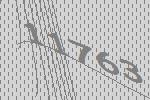
11763